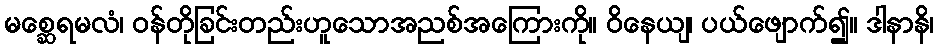
မစ္ဆေရမလံ၊ ဝန်တိုခြင်းတည်းဟူသောအညစ်အကြေားကို။ ဝိနေယျ၊ ပယ်ဖျောက်၍။ ဒါနာနိ၊